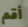
أقم